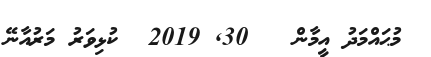
މުޙައްމަދު އީމާން   30